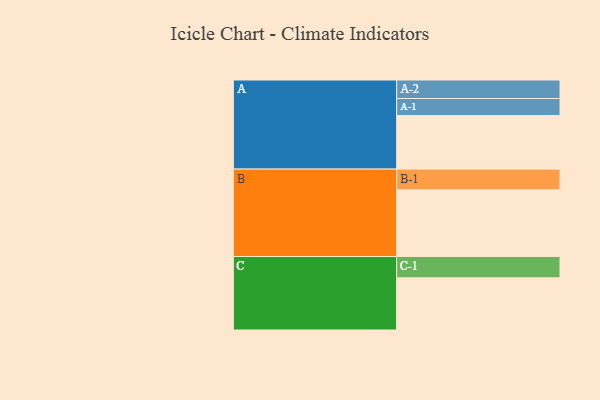
{"axis": {"x": "Segment", "y": "Value"}, "legend": ["", "A", "B", "C"], "data": [{"x": "A", "y": 405, "type": ""}, {"x": "B", "y": 504, "type": ""}, {"x": "C", "y": 395, "type": ""}, {"x": "A-1", "y": 129, "type": "A"}, {"x": "A-2", "y": 140, "type": "A"}, {"x": "B-1", "y": 157, "type": "B"}, {"x": "C-1", "y": 161, "type": "C"}]}